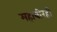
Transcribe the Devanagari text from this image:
महावीरही